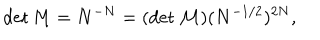
\det M = N ^ { - N } = ( \det { \cal M } ) ( N ^ { - 1 / 2 } ) ^ { 2 N } ,